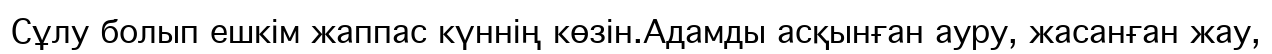
Сұлу болып ешкім жаппас күннің көзін.Адамды асқынған ауру, жасанған жау,